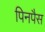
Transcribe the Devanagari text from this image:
पिनपैस